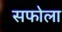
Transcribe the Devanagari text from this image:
सफोला